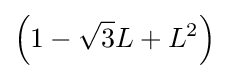
\left(1-{\sqrt {3}}L+L^{2}\right)